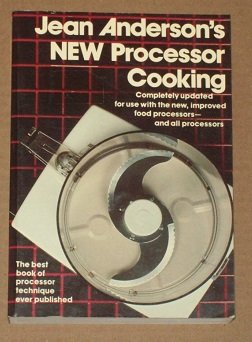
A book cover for Jean Anderson's New processor cooking; Jean Anderson; Cookbooks, Food & Wine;